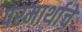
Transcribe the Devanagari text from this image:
परमार्थाचे